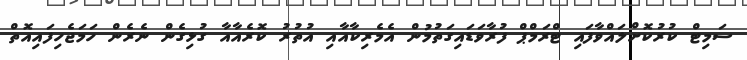
ސަމިޓް ކުރުކޮށްލައްވާފައި ޓްރަމްޕް ފުރާވަޑައިގަތުމުން އެމެރިކާއާއި އުތުރު ކޮރެއާއާ ގުޅިގެން ނެރެން ހަމަޖެހިފައިއޮތް